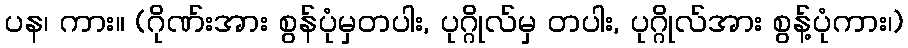
ပန၊ ကား။ (ဂိုဏ်းအား စွန်ပုံမှတပါး, ပုဂ္ဂိုလ်မှ တပါး, ပုဂ္ဂိုလ်အား စွန့်ပုံကား၊)